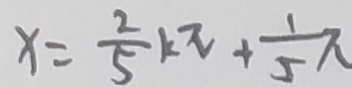
x = \frac { 2 } { 5 } k \pi + \frac { 1 } { 5 } \pi